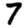
Digit: 7